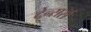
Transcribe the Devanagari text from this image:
टेन्सर्स